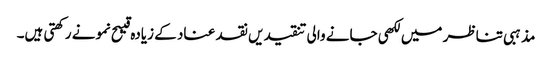
مذہبی تناظر میں لکھی جانے والی تنقیدیں نقد عناد کے زیادہ قیبح نمونے رکھتی ہیں۔